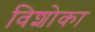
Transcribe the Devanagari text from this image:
विशोका